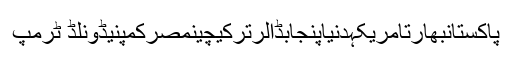
پاکستانبھارتامریکہدنیاپنجابڈالرترکیچینمصرکمپنیڈونلڈ ٹرمپ